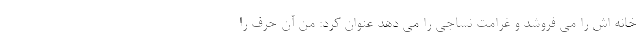
خانه اش را می فروشد و غرامت نساجی را می دهد عنوان کرد: من آن حرف را